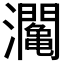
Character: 𤄡